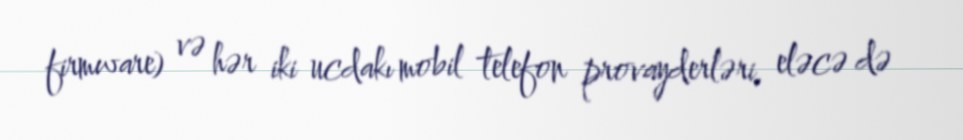
firmware) və hər iki ucdakı mobil telefon provayderləri, eləcə də